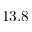
1 3 . 8